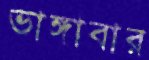
ভাঙ্গাবার